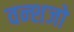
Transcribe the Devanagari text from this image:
वन्शजो